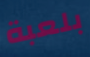
بلعبة